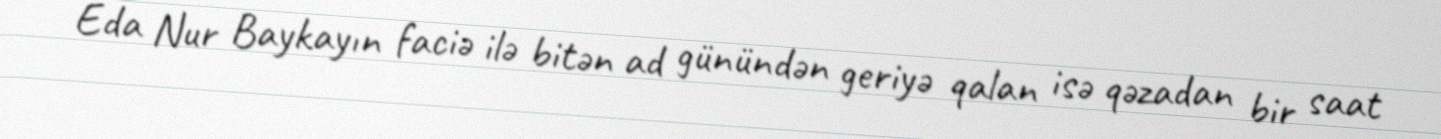
Eda Nur Baykayın faciə ilə bitən ad günündən geriyə qalan isə qəzadan bir saat